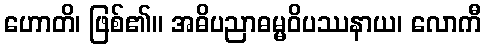
ဟောတိ၊ ဖြစ်၏။ အဓိပညာဓမ္မဝိပဿနာယ၊ လောကီ